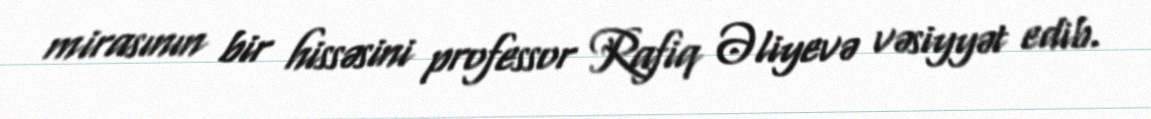
mirasının bir hissəsini professor Rafiq Əliyevə vəsiyyət edib.